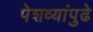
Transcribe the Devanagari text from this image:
पेशव्यांपुढे